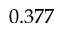
0 . 3 7 7